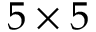
5 \times 5